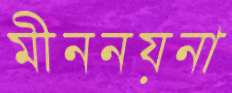
মীননয়না